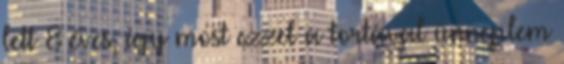
lett 8 éves, így most ezzel a tortával ünneplem